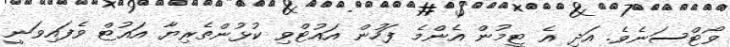
ވޯޓްސަނެވެ. އަދި އެ ޓީމުން އެންމެ ފަހުން އައުޓްވި ކުޅުންތެރިޔާ އައުޓް ވެފައިވަނީ